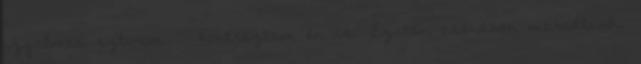
izgalmas sztorim. – kontráztam én is. Ezután csendben maradtunk,